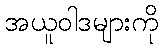
အယူဝါဒများကို